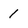
Character: 1